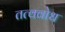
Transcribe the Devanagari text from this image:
तत्वबोध